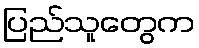
ပြည်သူတွေက